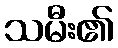
သမီး၏